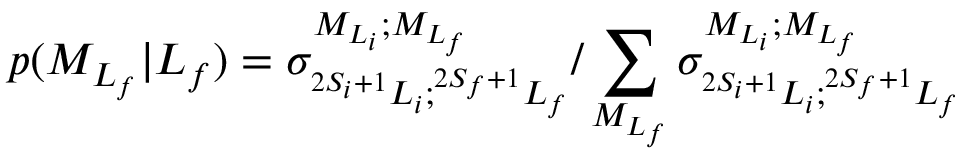
p ( { M } _ { L _ { f } } \vert L _ { f } ) = { \sigma } _ { ^ { 2 S _ { i } + 1 } L _ { i } ; ^ { 2 S _ { f } + 1 } L _ { f } } ^ { { M } _ { { L } _ { i } } ; { M } _ { { L } _ { f } } } / \sum _ { { M } _ { L _ { f } } } { \sigma } _ { ^ { 2 S _ { i } + 1 } L _ { i } ; ^ { 2 S _ { f } + 1 } L _ { f } } ^ { { M } _ { { L } _ { i } } ; { M } _ { { L } _ { f } } }